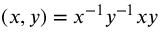
( x , y ) = x ^ { - 1 } y ^ { - 1 } x y